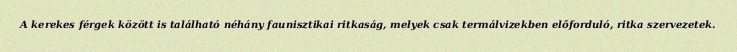
A kerekes férgek között is található néhány faunisztikai ritkaság, melyek csak termálvizekben előforduló, ritka szervezetek.